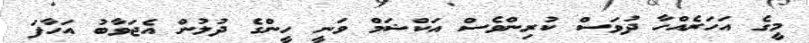
މީގެ އަހަރެއްހާ ދުވަސް ކުރިންވެސް އަކްޝަމް ވަނީ ހީންގެ ދުުލުން އެޖަވާބު އަހާފަ